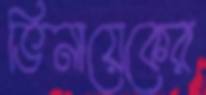
ভিনায়েকের